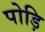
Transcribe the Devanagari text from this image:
पोड़ि